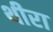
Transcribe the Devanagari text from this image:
थीरा